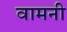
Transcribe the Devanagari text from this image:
वामनी